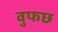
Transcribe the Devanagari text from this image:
वुफछ